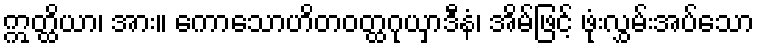
ဣတ္ထိယာ၊ အား။ ကောသောဟိတဝတ္ထဂုယှာဒီနံ၊ အိမ်ဖြင့် ဖုံးလွှမ်းအပ်သော